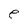
Character: e